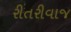
રીતરીવાજ